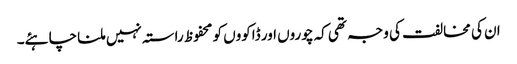
ان کی مخالفت کی وجہ تھی کہ چوروں اور ڈاکووں کو محفوظ راستہ نہیں ملنا چاہئے۔